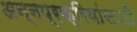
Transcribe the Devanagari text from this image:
अन्नप्रक्रियांसाठी